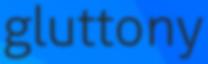
gluttony